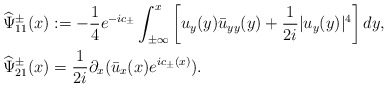
\begin{align*}&\widehat{\Psi}^\pm_{11}(x):=-\frac{1}{4}e^{-ic_\pm} \int_{\pm \infty}^{x}\left[u_y(y) \bar{u}_{yy}(y)+\frac{1}{2i}|u_y(y)|^4\right] dy,\\&\widehat{\Psi}^\pm_{21}(x)=\frac{1}{2i} \partial_{x}(\bar{u}_{x}(x)e^{ic_\pm(x)}).\end{align*}